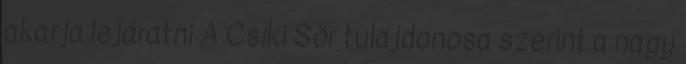
akarja lejáratni A Csíki Sör tulajdonosa szerint a nagy